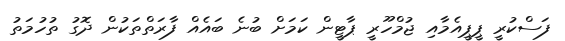
ފަސްކުރީ ޕީޕީއެމާއި ޖުމްހޫރީ ޕާޓީން ކަމަށް ބުނެ ބައެއް ފާރަތްތަކުން ދޮގު ތުހުމަތު